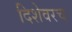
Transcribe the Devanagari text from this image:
दिशेवरच